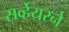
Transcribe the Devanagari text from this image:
सर्व्हेयरने